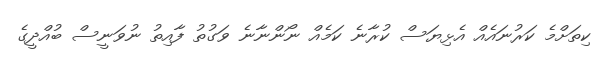
ކިތަށްމެ ކަރުނައެއް އެޅިޔަސް ކުރާނެ ކަމެއް ނޯންނާނެ ވަގުތު ފާއިތު ނުވަނީސް ބުއްދީގެ